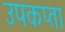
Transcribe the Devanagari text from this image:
उपकप्ता